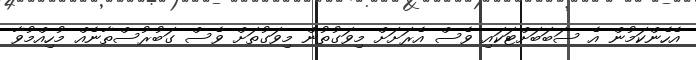
އެހެންކަމުން އެ ސަބަބަށްޓަކައި ވެސް އެރަށަށް މިވަގުތުން މިވަގުތަށް ވެސް ގަބުރުސްތާނެއް މުހިއްމުވާ